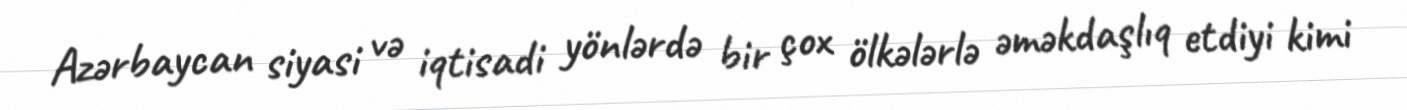
Azərbaycan siyasi və iqtisadi yönlərdə bir çox ölkələrlə əməkdaşlıq etdiyi kimi